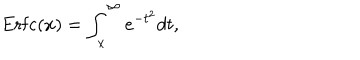
\mathrm { E r f c } ( x ) = \int _ { x } ^ { \infty } e ^ { - t ^ { 2 } } d t ,